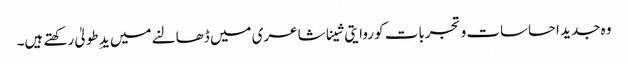
وہ جدید احساسات و تجربات کو روایتی شینا شاعری میں ڈھالنے میں یدِ طولیٰ رکھتے ہیں۔